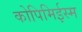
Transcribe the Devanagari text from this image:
कोपिमिईस्म